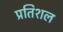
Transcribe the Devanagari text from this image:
प्रतिशल